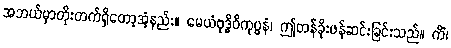
အဘယ်မှာတိုးတက်ရှိတော့အံ့နည်း။ မေယံဗုဒ္ဓိဝိကုပ္ပနံ၊ ဤတန်ခိုးဖန်ဆင်းခြင်းသည်။ ကိံ၊